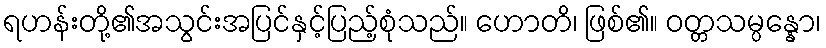
ရဟန်းတို့၏အသွင်းအပြင်နှင့်ပြည့်စုံသည်။ ဟောတိ၊ ဖြစ်၏။ ဝတ္တသမ္ပန္နော၊